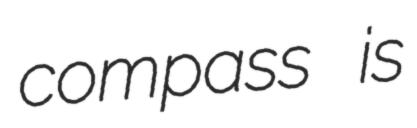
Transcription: compass is